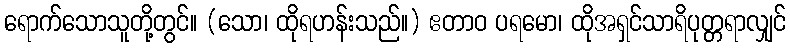
ရောက်သောသူတို့တွင်။ (သော၊ ထိုရဟန်းသည်။) ဧတာဝ ပရမော၊ ထိုအရှင်သာရိပုတ္တရာလျှင်